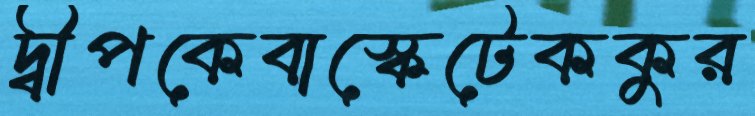
দ্বীপকেবাস্কেটেককুর